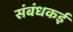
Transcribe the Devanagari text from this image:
संबंधकई